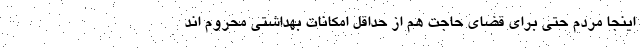
اینجا مردم حتی برای قضای حاجت هم از حداقل امکانات بهداشتی محروم اند